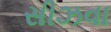
સીઝવા